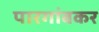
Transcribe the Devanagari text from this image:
पारगांवकर